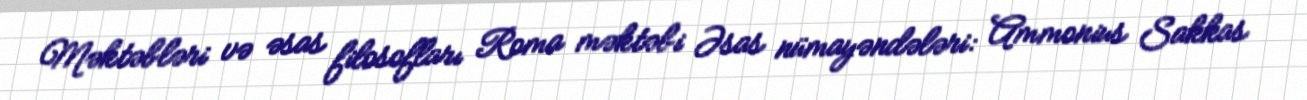
Məktəbləri və əsas filosofları Roma məktəbi Əsas nümayəndələri: Ammonius Sakkas